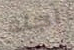
اجله